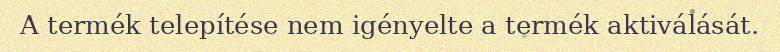
A termék telepítése nem igényelte a termék aktiválását.